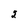
Character: 2